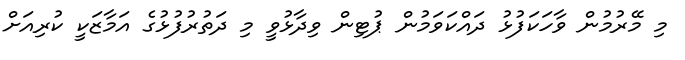
މި މޭރުމުން ވާހަކަފުޅު ދައްކަވަމުން ޕުޓިން ވިދާޅުވީ މި ދަތުރުފުޅުގެ އަމާޒަކީ ކުރިއަށް